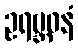
ဥရဗ္ဘဓနံ